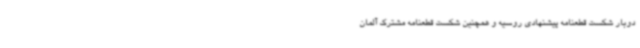
دوبار شکست قطعنامه‌ پیشنهادی روسیه و همچنین شکست قطعنامه مشترک آلمان